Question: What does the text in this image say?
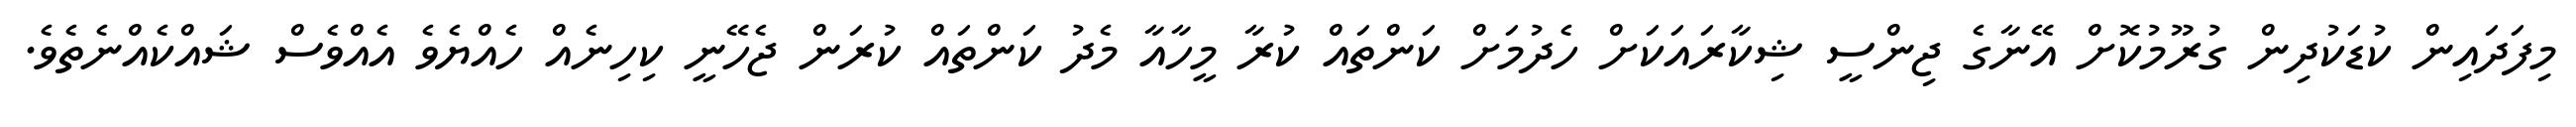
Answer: މިފަދައިން ކުޑަކުދިން ގުރޫމުކޮށް އޭނާގެ ޖިންސީ ޝިކާރައަކަށް ހެދުމަށް ކަންތައް ކުރާ މީހާއާ މެދު ކަންތައް ކުރަން ޖެހޭނީ ކިހިނެއް ހެއްޔެވެ އެއްވެސް ޝައްކެއްނެތެވެ.